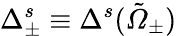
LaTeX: \Delta_{\pm}^{s}\equiv\Delta^{s}(\tilde{Ω}_{\pm})